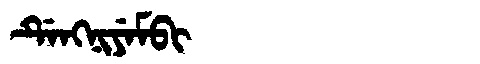
Manchu: ᡩᡝᠩᠨᡳᠶᡝᠮᠪᡳ
Romanization: DENGNIYEMBI